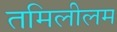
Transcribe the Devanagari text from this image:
तमिलीलम